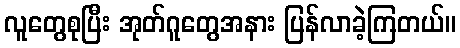
လူတွေစုပြီး အုတ်ဂူတွေအနား ပြန်လာခဲ့ကြတယ်။